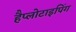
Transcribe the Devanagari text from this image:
हैप्लोटाइपिंग